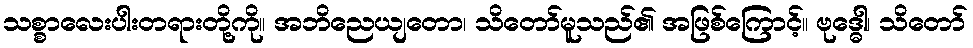
သစ္စာလေးပါးတရားတို့ကို။ အဘိညေယျတော၊ သိတော်မူသည်၏ အဖြစ်ကြောင့်။ ဗုဒ္ဓေါ၊ သိတော်